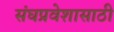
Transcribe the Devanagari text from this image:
संघप्रवेशासाठी